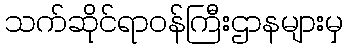
သက်ဆိုင်ရာဝန်ကြီးဌာနများမှ